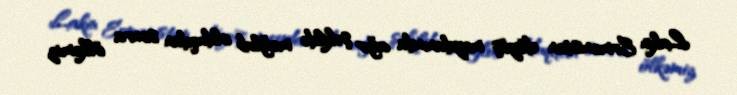
Lakin Ermənistan döyüş meydanında ağır şəkildə məğlub olduqdan sonra ölkəmiz